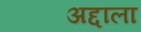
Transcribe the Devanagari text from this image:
अद्दाला